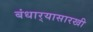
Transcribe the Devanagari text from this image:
बंधार्‍यासारखी